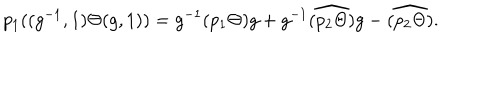
p _ { 1 } ( ( g ^ { - 1 } , 1 ) \Theta ( g , 1 ) ) = g ^ { - 1 } ( p _ { 1 } \Theta ) g + g ^ { - 1 } \widehat { ( p _ { 2 } \Theta ) } g - \widehat { ( p _ { 2 } \Theta ) } .